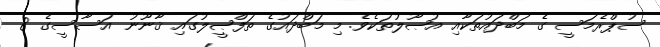
ސުޕްރެމަސީ ގެ މަބްދައުތަކާއި އުޞޫލުތަކެވެ. މި މަބްދައުގެ ތަފްޞީލުގައި ޤާނޫނު އަސާސީގެ 8